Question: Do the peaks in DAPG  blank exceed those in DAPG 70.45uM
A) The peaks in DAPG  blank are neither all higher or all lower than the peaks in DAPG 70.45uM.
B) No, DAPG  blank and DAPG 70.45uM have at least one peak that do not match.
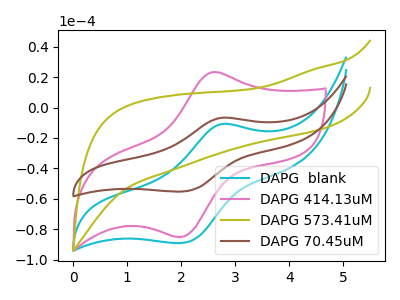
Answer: <think>The cyan curve "DAPG  blank" has an anodic peak at (2.75V, -10.85uA) and a cathodic peak at (2.00V, -89.00uA). The pink curve "DAPG 414.13uM" has an anodic peak at (2.60V, 23.25uA) and a cathodic peak at (1.90V, -84.90uA). The olive curve "DAPG 573.41uM" has no peaks. The brown curve "DAPG 70.45uM" has an anodic peak at (2.75V, -6.75uA) and a cathodic peak at (2.00V, -55.20uA).</think>
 <answer>A) The peaks in "DAPG  blank" are neither all higher or all lower than the peaks in "DAPG 70.45uM".</answer>
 <eval>A</eval>